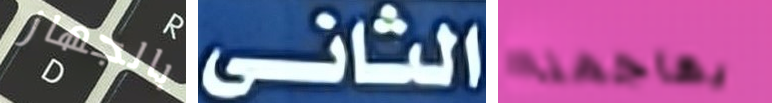
بالجهاز الثانى يهاجمنا